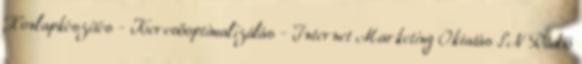
Honlapkészítés - Keresőoptimalizálás - Internet Marketing Oktatás SN Rádió